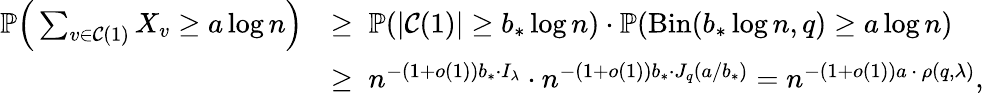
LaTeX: \begin{array}{rl}{\mathbb P\Big(\sum_{v\in\mathcal{C}(1)}X_{v}\ge a\log n\Big)}&{\ge\; \mathbb P(|\mathcal{C}(1)|\ge b_{*}\log n)\cdot\mathbb P(\mathrm{Bin}(b_{*}\log n,q)\ge a\log n)}\\ &{\ge\; n^{-(1+o(1))b_{*}\cdot I_{\lambda}}\cdot n^{-(1+o(1))b_{*}\cdot J_{q}(a/b_{*})}=n^{-(1+o(1))a\, \cdot\, \rho(q,\lambda)},}\end{array}